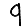
Digit: 9